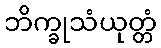
ဘိက္ခုသံယုတ္တံ